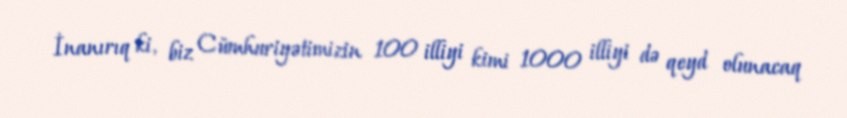
İnanırıq ki, biz Cümhuriyətimizin 100 illiyi kimi 1000 illiyi də qeyd olunacaq